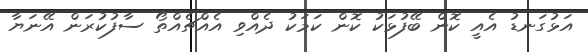
އަޅުގަނޑު އެއީ ކޮން ބޭފުޅަކު ކޮން ކަމަކު ދެއްވި އެއްޗެއްތޯ ސާފުކުރަން އޭނަޔާ